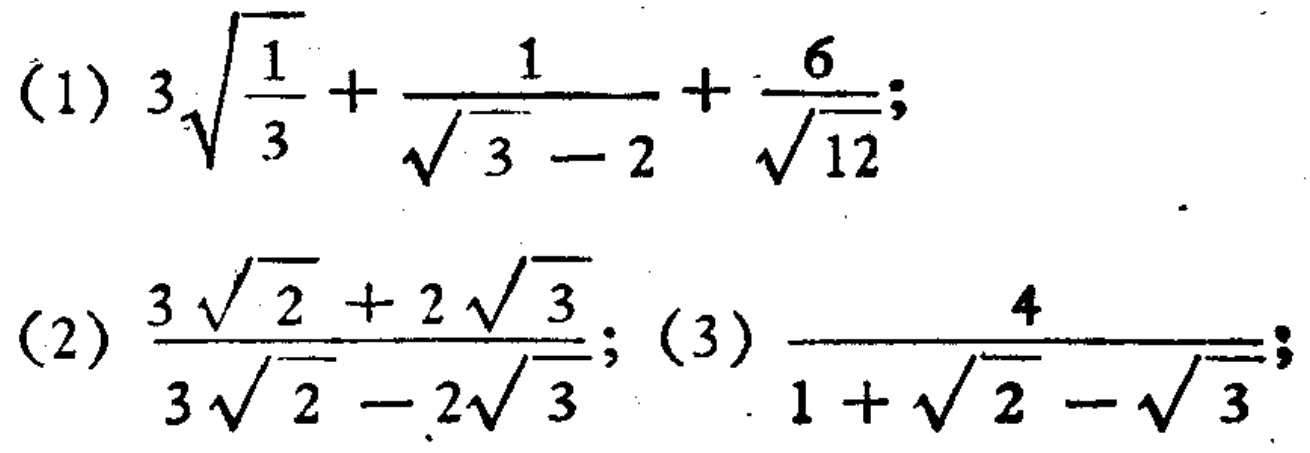
(1) \(3\sqrt{\frac{1}{3}}+\frac{1}{\sqrt{3}-2}+\frac{6}{\sqrt{12}}\);

(2) \(\frac{3\sqrt{2}+2\sqrt{3}}{3\sqrt{2}-2\sqrt{3}}\); (3) \(\frac{4}{1+\sqrt{2}-\sqrt{3}}\)